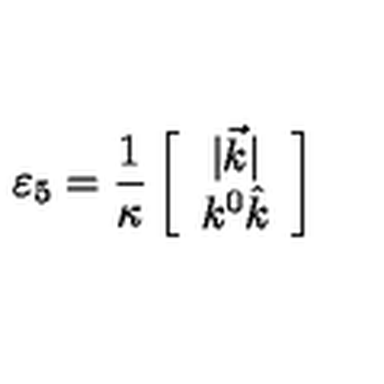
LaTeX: \varepsilon _ { 5 } = \frac { 1 } { \kappa } \left[ \begin{array} { c } { | \vec { k } | } \\ { k ^ { 0 } \hat { k } } \\ \end{array} \right]